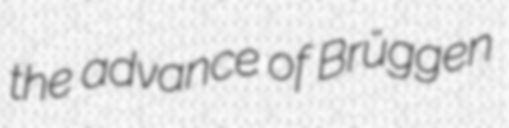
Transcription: the advance of Brüggen